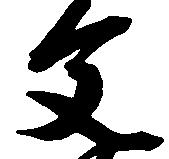
文